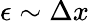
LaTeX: \epsilon\sim\Delta x